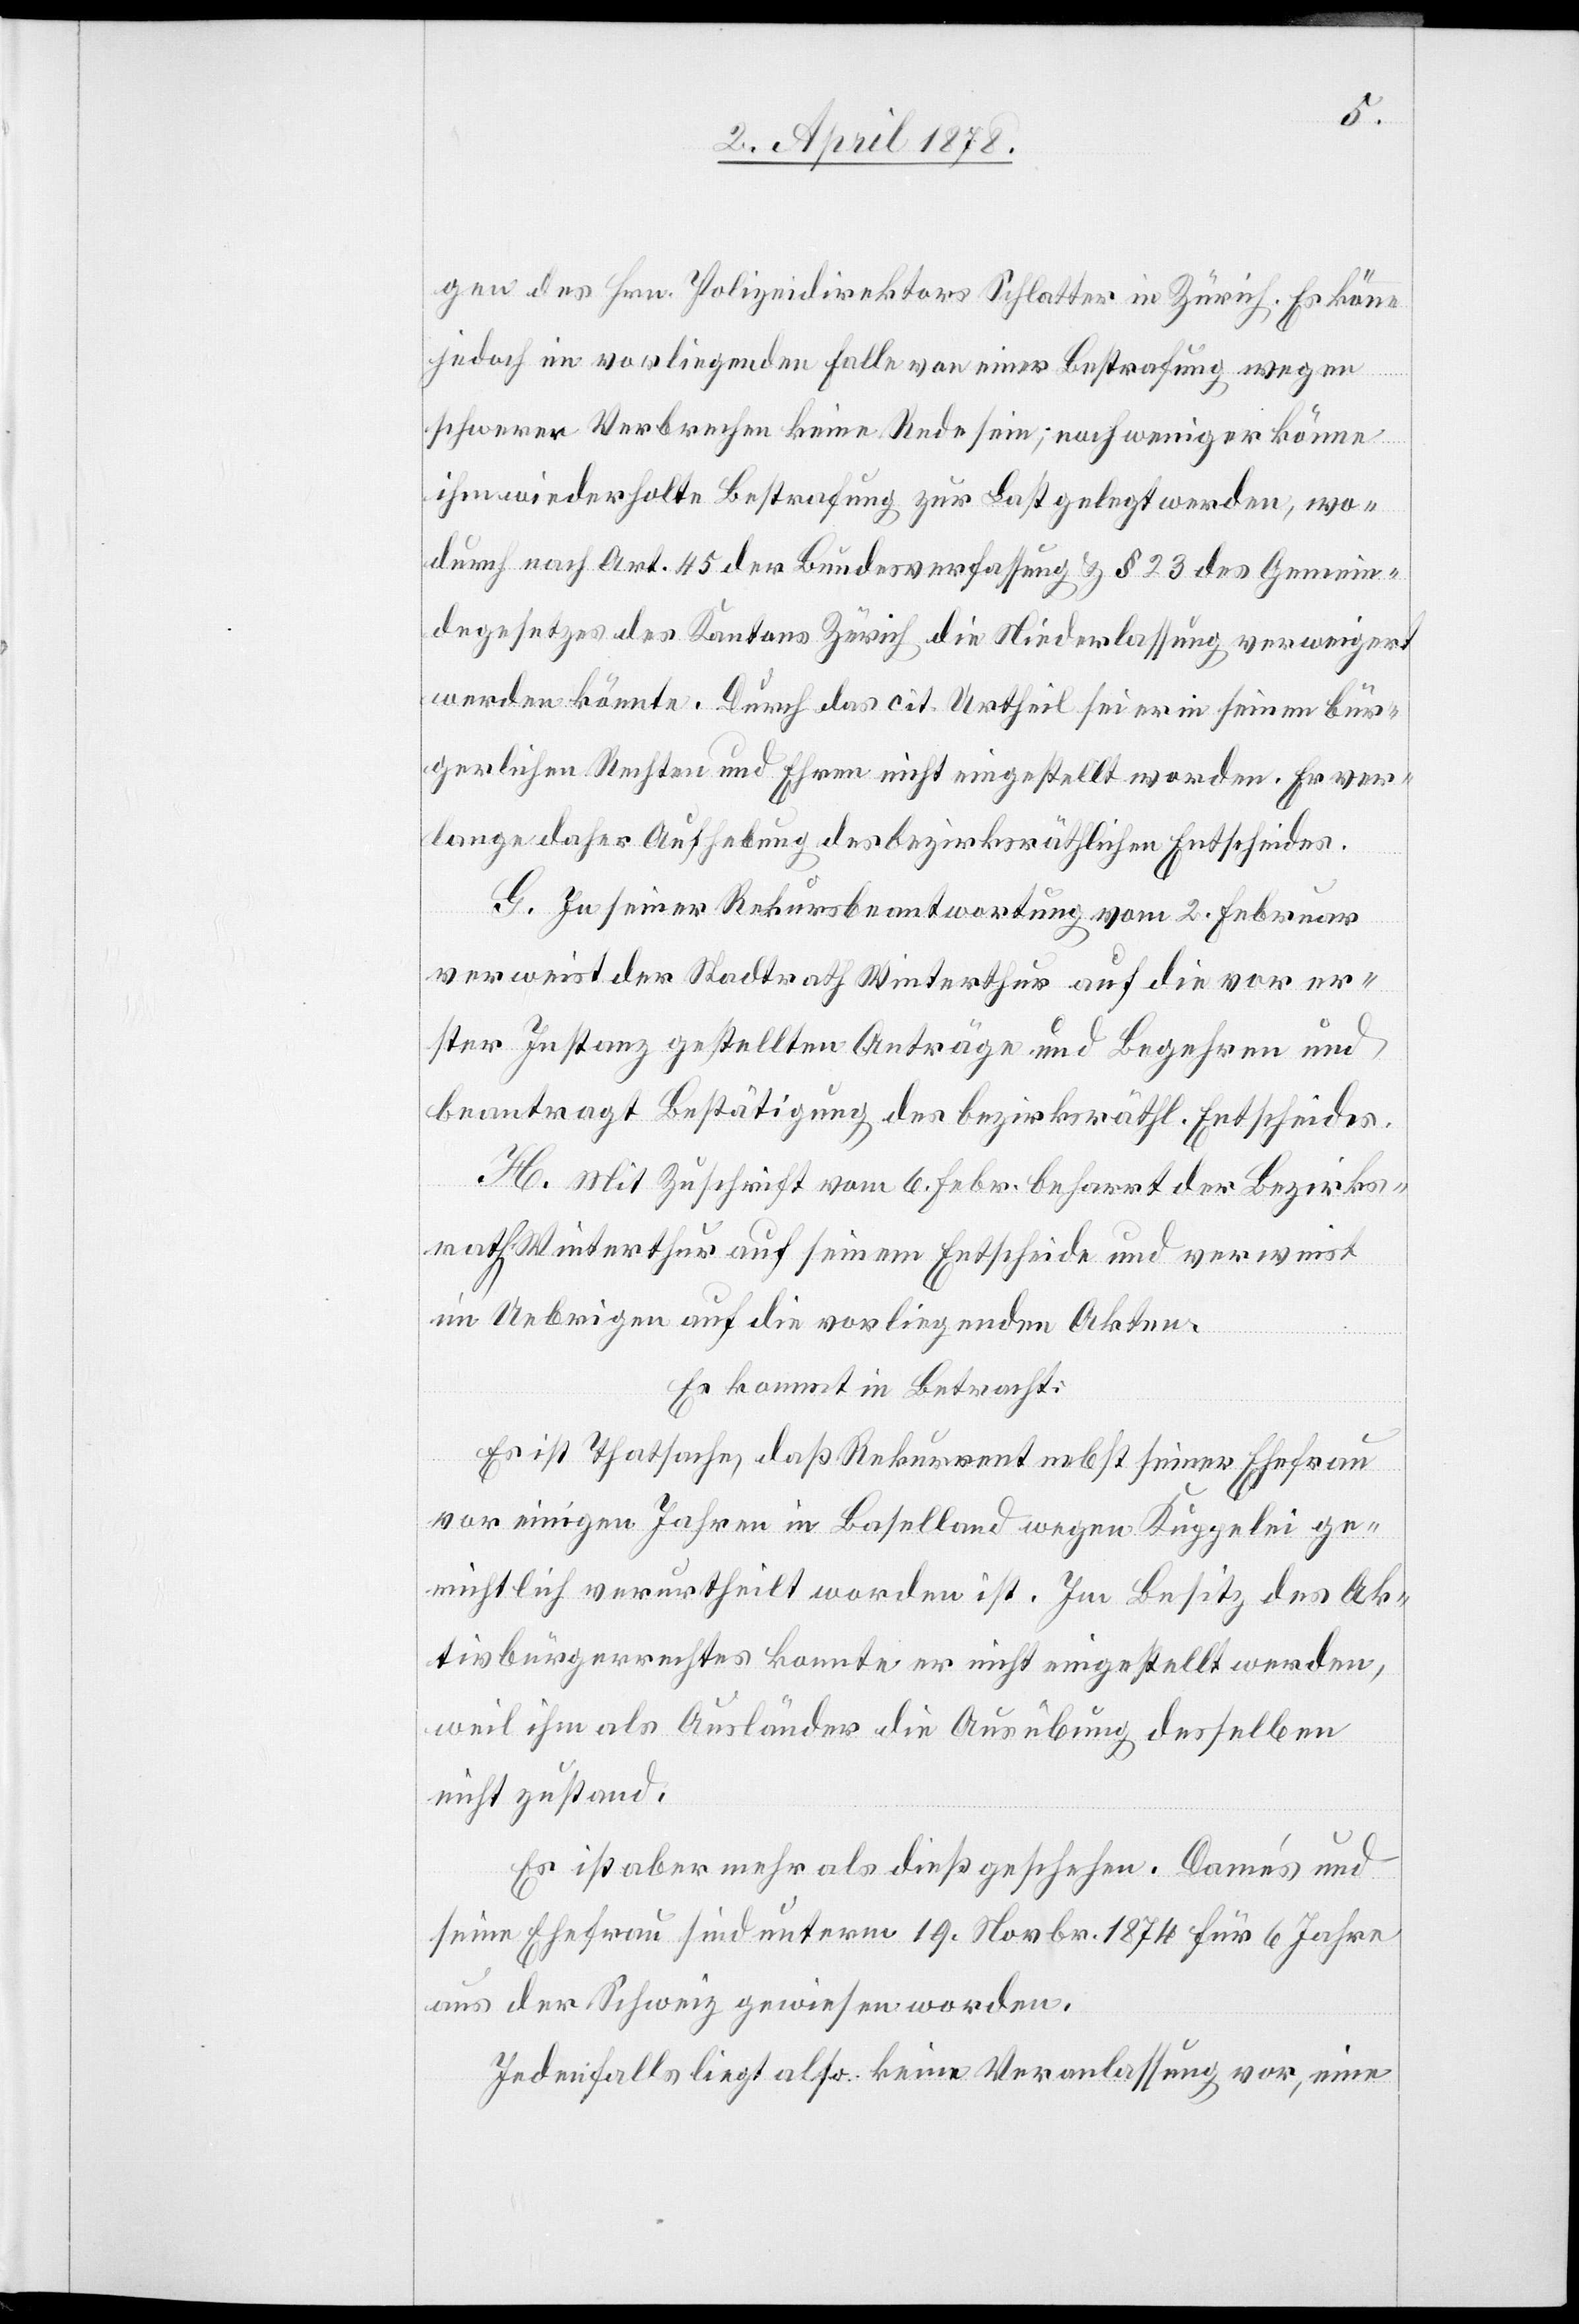
gen des Hrn. Polizeidirektor Schlatter in Zürich. Es könne
jedoch im vorliegenden Falle von einer Bestrafung wegen
schwerer Verbrechen keine Rede sein; noch weniger könne
ihm wiederholte Bestrafung zur Last gelegt werden, wo¬
durch nach Art. 45 der Bundesverfassung & § 23 des Gemein¬
degesetzes des Kantons Zürich die Niederlassung verweigert
werden könnte. Durch das cit. Urtheil sei er in seinen bür¬
gerlichen Rechten und Ehren nicht eingestellt worden. Er ver¬
lange daher Aufhebung des bezirksräthlichen Entscheides.
G. In seiner Rekursbeantwortung vom 2. Februar
verweist der Stadtrath Winterthur auf die vor er¬
ster Instanz gestellten Anträge und Begehren und
beantragt Bestätigung des bezirksräthl. Entscheides.
H. Mit Zuschrift vom 6. Febr. beharrt der Bezirks¬
rath Winterthur auf seinem Entscheide und verweist
im Uebrigen auf die vorliegenden Akten.
Es kommt in Betracht:
Es ist Thatsache, daß Rekurrent nebst seiner Ehefrau
vor einigen Jahren in Baselland wegen Kuppelei ge¬
richtlich verurtheilt worden ist. Im Besitz des Ak¬
tivbürgerrechts konnte er nicht eingestellt werden,
weil ihm als Ausländer die Ausübung desselben
nicht zustand.
Es ist aber mehr als dieß geschehen. Damés und
seine Ehefrau sind unterm 19. Novbr. 1874 für 6 Jahre
aus der Schweiz gewiesen worden.
Jedenfalls liegt also keine Veranlassung vor, eine